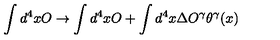
\int d ^ { 4 } x O \rightarrow \int d ^ { 4 } x O + \int d ^ { 4 } x \Delta O ^ { \gamma } \theta ^ { \gamma } ( x )